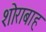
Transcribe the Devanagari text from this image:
शोराबाह